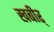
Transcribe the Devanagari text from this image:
खबीर्